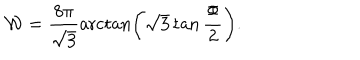
LaTeX: { \mathcal W } = \frac { 8 \pi } { \sqrt 3 } \operatorname { a r c t a n } \left( \sqrt 3 \tan \frac \Phi 2 \right) .